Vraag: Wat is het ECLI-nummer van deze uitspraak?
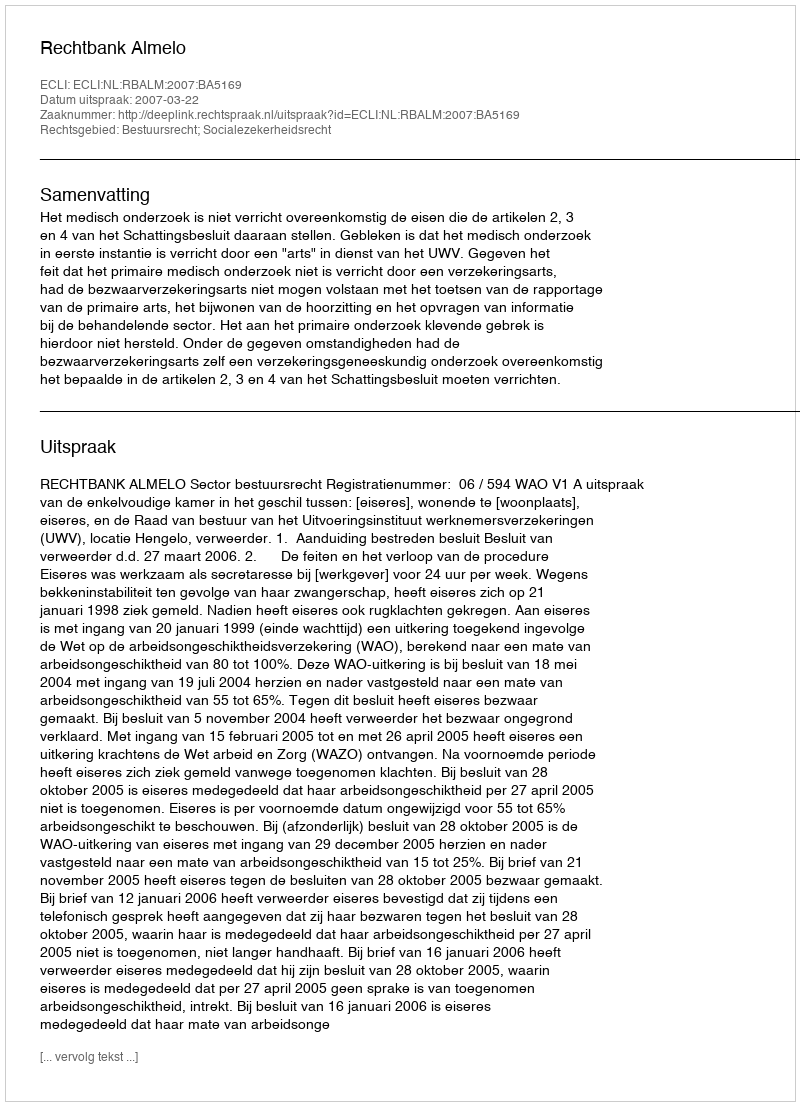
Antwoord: ECLI:NL:RBALM:2007:BA5169